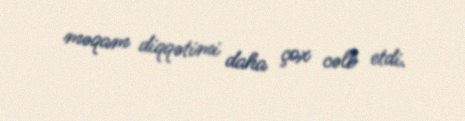
məqam diqqətimi daha çox cəlb etdi.